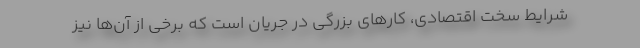
شرایط سخت اقتصادی، کارهای بزرگی در جریان است که برخی از آن‌ها نیز